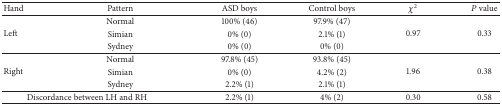
| Hand | Pattern | ASD boys | Control boys | χ2 | P value |
 | --- | --- | --- | --- | --- | --- |
 | <ROWSPAN=3> Left | Normal | 100% (46) | 97.9% (47) | <ROWSPAN=3> 0.97 | <ROWSPAN=3> 0.33 |
 | Simian | 0% (0) | 2.1% (1) |
 | Sydney | 0% (0) | 0% (0) |
 | <ROWSPAN=3> Right | Normal | 97.8% (45) | 93.8% (45) | <ROWSPAN=3> 1.96 | <ROWSPAN=3> 0.38 |
 | Simian | 0% (0) | 4.2% (2) |
 | Sydney | 2.2% (1) | 2.1% (1) |
 | <COLSPAN=2> Discordance between LH and RH | 2.2% (1) | 4% (2) | 0.30 | 0.58 |